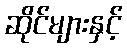
ဆိုင်များနှင့်